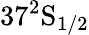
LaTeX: \mathrm{37^{2}S_{1/2}}